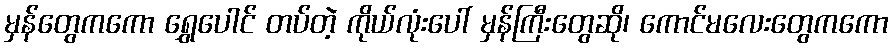
မှန်တွေကကော ရွှေပေါင် တပ်တဲ့ ကိုယ်လုံးပေါ် မှန်ကြီးတွေဆို၊ ကောင်မလေးတွေကကော